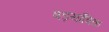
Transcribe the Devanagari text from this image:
षड़यांत्रिक